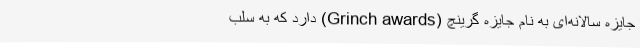
جایزه سالانه‌ای به نام جایزه گرینچ (Grinch awards) دارد که به سلب